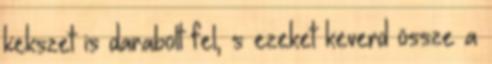
kekszet is darabolt fel, s ezeket keverd össze a